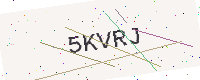
Text: 5KVRJ